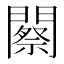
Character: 𨶫